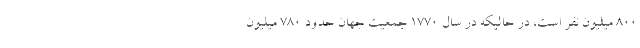
800 میلیون نفر است، در حالیکه در سال 1770 جمعیت جهان حدود 780 میلیون